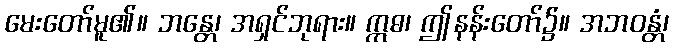
မေးတော်မူ၏။ ဘန္တေ၊ အရှင်ဘုရား။ ဣဓ၊ ဤနန်းတော်၌။ အဘဝန္တံ၊